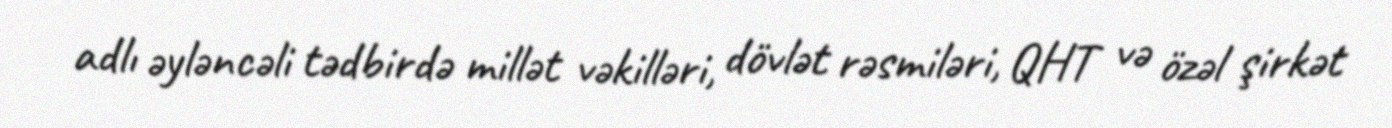
adlı əyləncəli tədbirdə millət vəkilləri, dövlət rəsmiləri, QHT və özəl şirkət